Plague in India, 1896, 1897 - Volume 3
Year: 1896
Disease focus: Plague
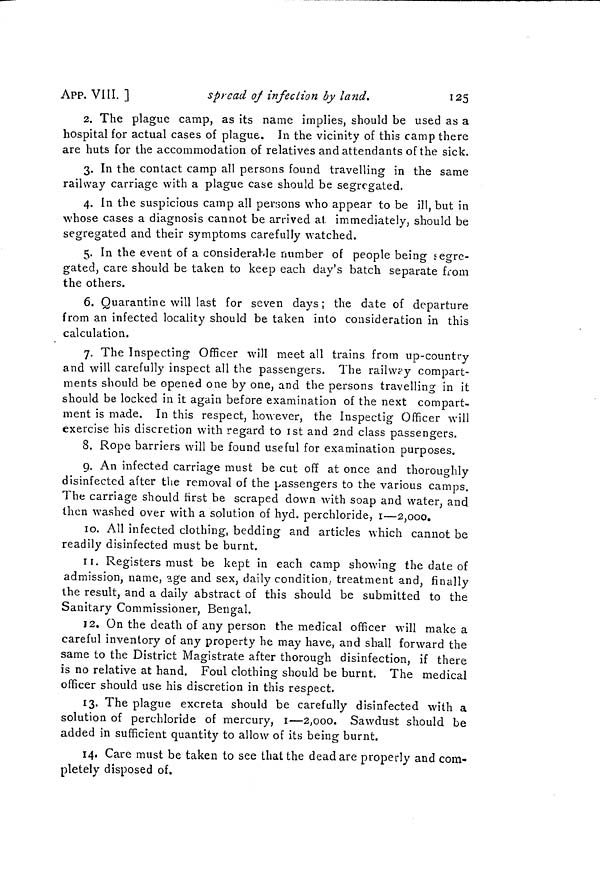
APP. VIII. ]
spread of infection by land.
125
2. The plague camp, as its name implies, should be used as a
hospital for actual cases of plague. In the vicinity of this camp there
are huts for the accommodation of relatives and attendants of the sick.
3. In the contact camp all persons found travelling in the same
railway carriage with a plague case should be segregated.
4. In the suspicious camp all persons who appear to be ill, but in
whose cases a diagnosis cannot be arrived at immediately, should be
segregated and their symptoms carefully watched.
5. In the event of a considerable number of people being segre-
gated, care should be taken to keep each day's batch separate from
the others.
6. Quarantine will last for seven days; the date of departure
from an infected locality should be taken into consideration in this
calculation.
7. The Inspecting Officer will meet all trains from up-country
and will carefully inspect all the passengers. The railway compart-
ments should be opened one by one, and the persons travelling in it
should be locked in it again before examination of the next compart-
ment is made. In this respect, however, the Inspectig Officer will
exercise his discretion with regard to ist and 2nd class passengers.
8. Rope barriers will be found useful for examination purposes.
9. An infected carriage must be cut off at once and thoroughly
disinfected after the removal of the passengers to the various camps.
The carriage should first be scraped down with soap and water, and
then washed over with a solution of hyd. perchloride, i—2,000.
ID. All infected clothing, bedding and articles which cannot be
readily disinfected must be burnt.
it. Registers must be kept in each camp showing the date of
admission, name, age and sex, daily condition, treatment and, finally
the result, and a daily abstract of this should be submitted to the
Sanitary Commissioner, Bengal.
12. On the death of any person the medical officer will make a
careful inventory of any property he may have, and shall forward the
same to the District Magistrate after thorough disinfection, if there
is no relative at hand. Foul clothing should be burnt. The medical
officer should use his discretion in this respect.
13. The plague excreta should be carefully disinfected with a
solution of perchloride of mercury, i—2,000. Sawdust should be
added in sufficient quantity to allow of its being burnt.
14. Care must be taken to see that the dead are properly and com-
pletely disposed of.